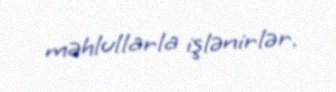
məhlullarla işlənirlər.